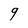
Character: 9